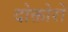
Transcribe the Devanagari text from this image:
दोक्तोरो